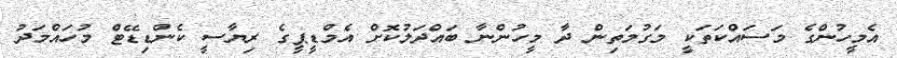
އެމީހުންގެ މަސައްކަތަކީ މަގުމަތިން ދާ މީހުންނާ ބައްދަލުކޮށް އެމްޑީޕީގެ ރިޔާސީ ކެންޑިޑޭޓް މުހައްމަދު